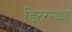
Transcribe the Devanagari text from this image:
डिटरमाइंड